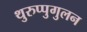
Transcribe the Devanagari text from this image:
थुरुप्पुगुलन